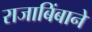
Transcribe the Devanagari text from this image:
राजाबिंबाने